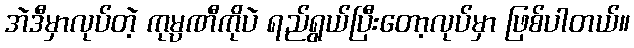
အဲဒီမှာလုပ်တဲ့ ကုမ္ပဏီကိုပဲ ရည်ရွယ်ပြီးတော့လုပ်မှာ ဖြစ်ပါတယ်။